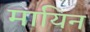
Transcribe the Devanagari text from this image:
मायिन